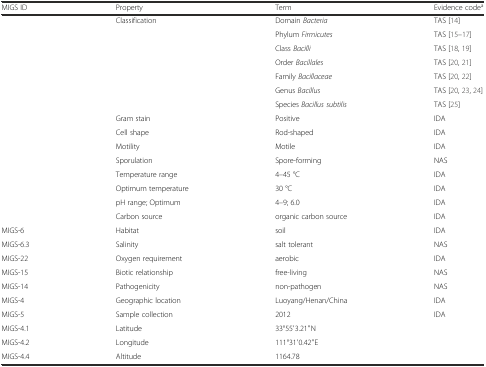
| MIGS ID | Property | Term | Evidence codea |
 | --- | --- | --- | --- |
 |  | Classification | Domain Bacteria | TAS [14] |
 |  |  | Phylum Firmicutes | TAS [15–17] |
 |  |  | Class Bacilli | TAS [18, 19] |
 |  |  | Order Bacillales | TAS [20, 21] |
 |  |  | Family Bacillaceae | TAS [20, 22] |
 |  |  | Genus Bacillus | TAS [20, 23, 24] |
 |  |  | Species Bacillus subtilis | TAS [25] |
 |  | Gram stain | Positive | IDA |
 |  | Cell shape | Rod-shaped | IDA |
 |  | Motility | Motile | IDA |
 |  | Sporulation | Spore-forming | NAS |
 |  | Temperature range | 4–45 °C | IDA |
 |  | Optimum temperature | 30 °C | IDA |
 |  | pH range; Optimum | 4–9; 6.0 | IDA |
 |  | Carbon source | organic carbon source | IDA |
 | MIGS-6 | Habitat | soil | IDA |
 | MIGS-6.3 | Salinity | salt tolerant | NAS |
 | MIGS-22 | Oxygen requirement | aerobic | IDA |
 | MIGS-15 | Biotic relationship | free-living | NAS |
 | MIGS-14 | Pathogenicity | non-pathogen | NAS |
 | MIGS-4 | Geographic location | Luoyang/Henan/China | IDA |
 | MIGS-5 | Sample collection | 2012 | IDA |
 | MIGS-4.1 | Latitude | 33°55′3.21′′N |  |
 | MIGS-4.2 | Longitude | 111°31′0.42′′E |  |
 | MIGS-4.4 | Altitude | 1164.78 |  |